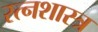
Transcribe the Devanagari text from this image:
रत्नशास्त्र